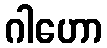
ဂါဟော